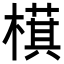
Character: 𬄤